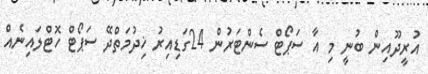
އުރީދޫއިން ބުނީ މި އާ ސަޕޯޓް ސެންޓަރުން 24ގަޑިއިރު ޚިދުމަތްދޭ ސަޕޯޓް ހޮޓްލައިނެއް